Report on vaccination in the Province of Bengal - 1869-1873
Year: 1869
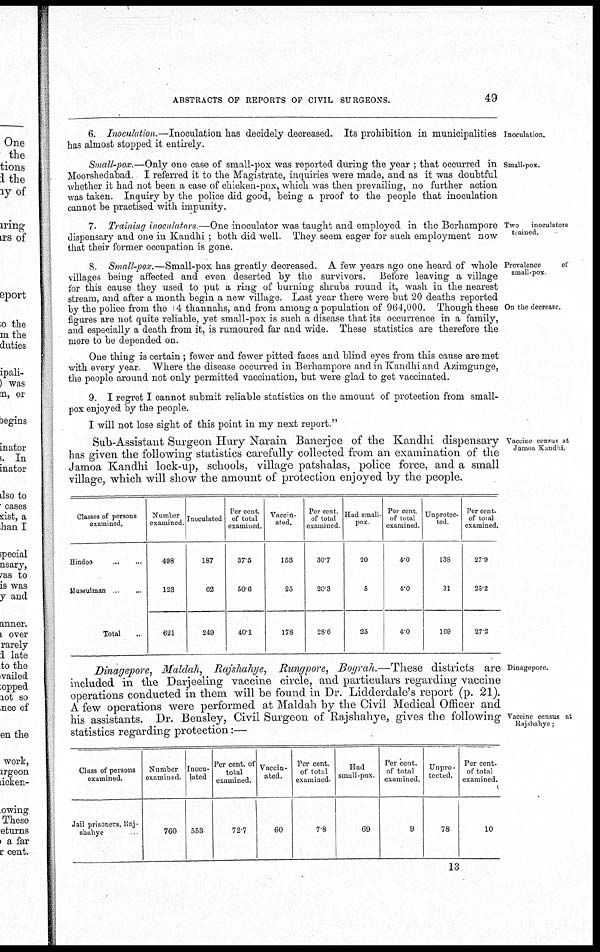
ABSTRACTS OF REPORTS OF CIVIL SURGEONS.
49
Inoculation.
6. Inoculation.—Inoculation has decidely decreased. Its prohibition in municipalities
has almost stopped it entirely.
Small-pox.
Small-pox.—Only one case of small-pox was reported during the year ; that occurred in
Moorshedabad I referred it to the Magistrate, inquiries were made, and as it was doubtful
whether it had not been a case of chicken-pox, which was then prevailing, no further action
was taken. Inquiry by the police did good, being a proof to the people that inoculation
cannot be practised with impunity.
Two
inoculators
trained.
7. Training inoculators —One inoculator was taught and employed in the Berhampore
dispensary and one in Kandhi ; both did well. They seem eager for such employment now
that their former occupation is gone.
Prevalence
of
small-pox
On the decrease.
8. Small-pox.—Small-pox has greatly decreased. A few years ago one heard of whole
villages being affected and even deserted by the survivors. Before leaving a village
for this cause they used to put a ring of burning shrubs round it, wash in the nearest
stream, and after a month begin a new village. Last year there were but 20 deaths reported
by the police from the 14 thannahs, and from among a population of 964,000. Though these
figures are not quite reliable, yet small-pox is such a disease that its occurrence in a family,
and especially a death from it, is rumoured far and wide. These statistics are therefore the
more to be depended on.
One thing is certain; fewer and fewer pitted faces and blind eyes from this cause are met
with every year. Where the disease occurred in Berhampore and in Kandhi and Azimgunge,
the people around not only permitted vaccination, but were glad to get vaccinated.
9. I regret I cannot submit reliable statistics on the amount of protection from small-
pox enjoyed by the people.
I will not lose sight of this point in my next report."
Vaccine census at
Jamoa Kandhi.
Sub-Assistant Surgeon Hury Narain Banerjee of the Kandhi dispensary
has given the following statistics carefully collected from an examination of the
Jamoa Kandhi lock-up, schools, village patshalas, police force, and a small
village, which will show the amount of protection enjoyed by the people.
Classes of persons
examined.
Hindoo...
...
Mussulman. ...
Total..
Number
examined
498
123
621
Inoculated
187
62
249
Per cent.
of total
examined
37.5
50.6
40.1
Vaccin-
ated.
153
25
178
Per cent
of total
examined
30.7
20.3
28.6
Had small-
pox
20
5
25
Per cent
of total
examined
4.0
4.0
4.0
Unprotec-
ted
138
31
169
Per cent.
of total
examined.
27.9
25.2
27.2
Dinagepore.
Vaccine census at
Rajshahye;
Dinagepore, Maldah, Rajshahye, Rungpore, Bograh.—These districts are
included in the Darjeeling vaccine circle, and particulars regarding vaccine
operations conducted in them will be found in Dr. Lidderdale's report (p. 21).
A few operations were performed at Maldah by the Civil Medical Officer and
his assistants. Dr. Bensley, Civil Surgeon of Rajshahye, gives the following
statistics regarding protection:—
Class of persons
examined.
Jail prisoners, Raj-
shahye
Number
examined.
760
Inocu-
lated
553
Per cent. of
total
examined.
72.7
Vaccin-
ated.
60
Per cent
of total
examined.
78
Had
small-pox.
69
Per cent.
of total
examined.
9
Unpro-
tected.
78
Per cent.
of total
examined.
10
13